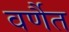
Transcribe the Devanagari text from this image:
वर्णैत